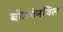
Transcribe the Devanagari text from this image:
बोउगेनविल